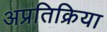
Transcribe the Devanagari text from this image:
अप्रतिक्रिया